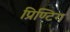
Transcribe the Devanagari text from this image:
प्रिण्टिग